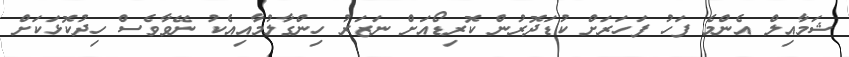
ޝަމާއިލް އެންމެ ފަހު ފަހަރަށް ކުޑަދޮރުން ކޮރިޑޯއަށް ނަޒަރު ހިންގާލުމާއިއެކު ނޭވާވެސް ހިދުކޮޅަކަށް